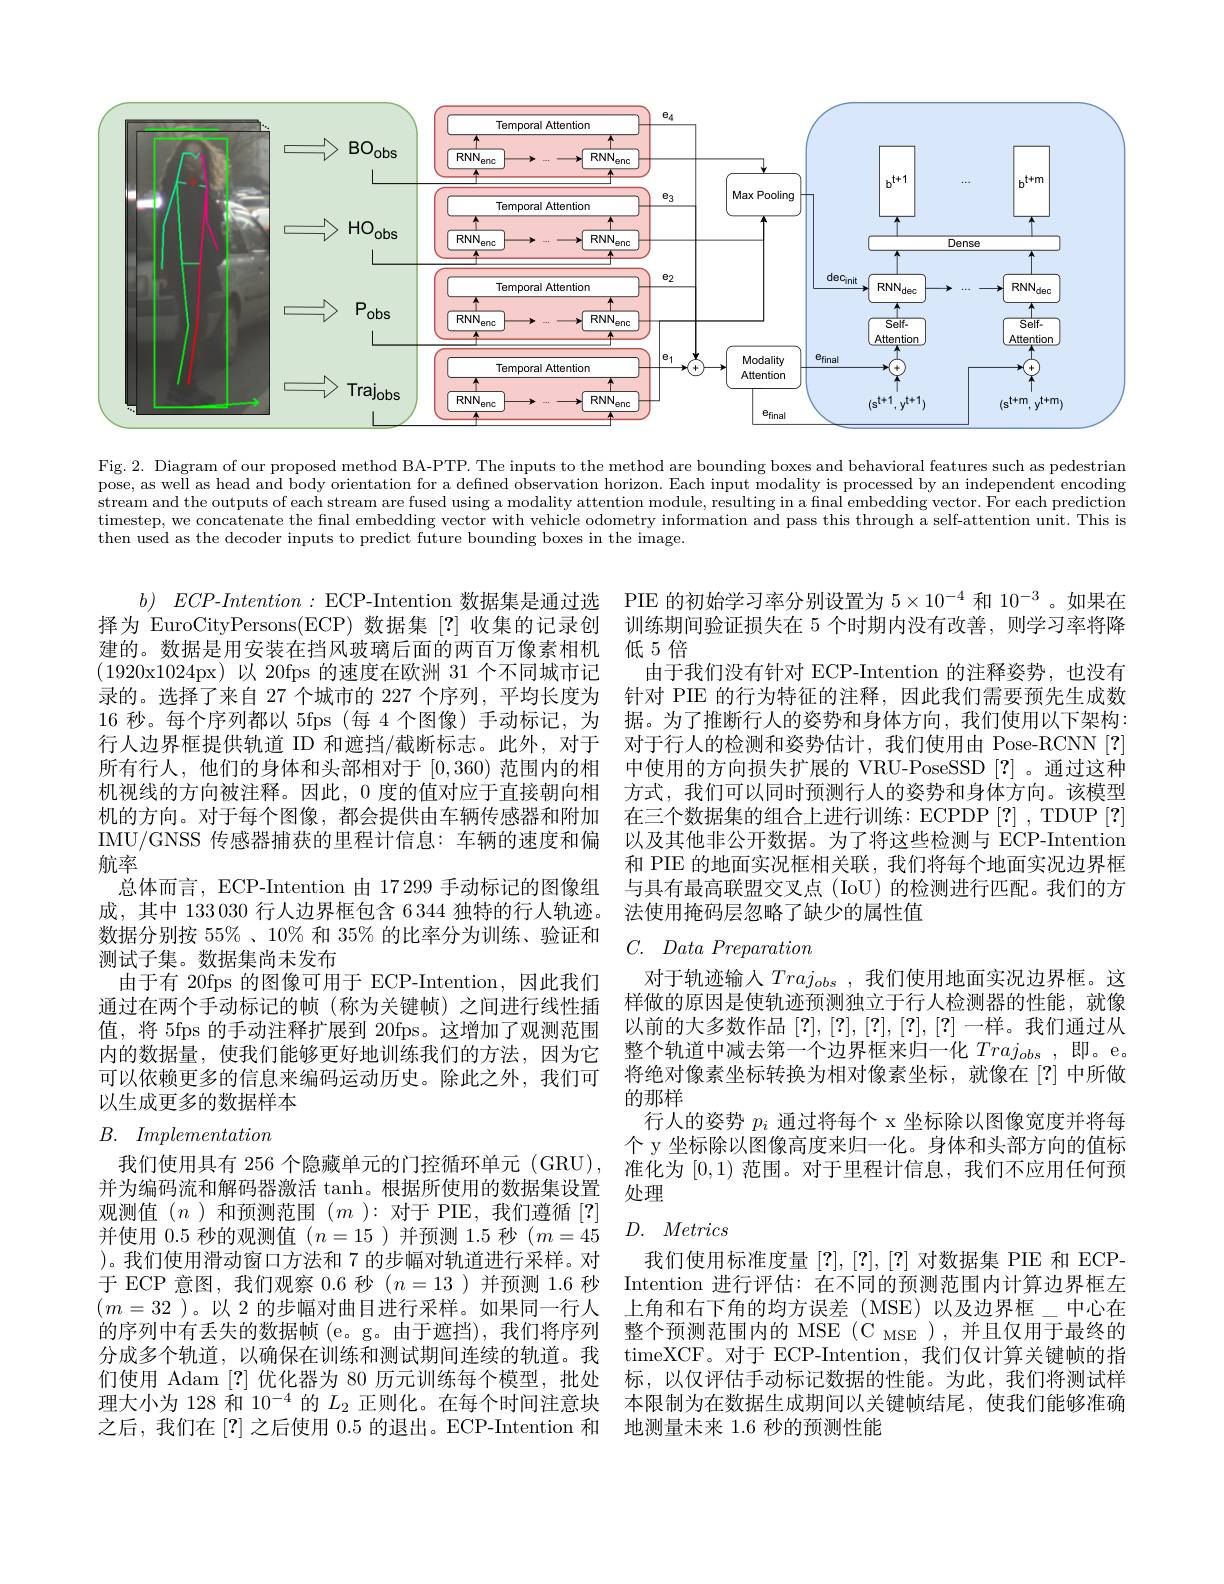
<FigureHere>

Fig. 2. Diagram of our proposed method BA-PTP. The inputs to the method are bounding boxes and behavioral features such as pedestrian pose, as well as head and body orientation for a defined observation horizon. Each input modality is processed by an independent encoding stream and the outputs of each stream are fused using a modality attention module, resulting in a final embedding vector. For each prediction timestep, we concatenate the final embedding vector with vehicle odometry information and pass this through a self-attention unit. This is then used as the decoder inputs to predict future bounding boxes in the image.

PIE 的初始学习率分别设置为$5\times10^{-4}$和$10^{-3}$ 。如果在训练期间验证损失在 5 个时期内没有改善，则学习率将降低5倍
由于我们没有针对 ECP-Intention 的注释姿势，也没有针对 PIE 的行为特征的注释，因此我们需要预先生成数据。为了推断行人的姿势和身体方向，我们使用以下架构： 对于行人的检测和姿势估计，我们使用由 Pose-RCNN [?] 中使用的方向损失扩展的 VRU-PoseSSD [?] 。通过这种方式，我们可以同时预测行人的姿势和身体方向。该模型在三个数据集的组合上进行训练：ECPDP [?], TDUP [?] 以及其他非公开数据。为了将这些检测与 ECP-Intention 和 PIE 的地面实况框相关联，我们将每个地面实况边界框与具有最高联盟交叉点 (IoU) 的检测进行匹配。我们的方法使用掩码层忽略了缺少的属性值

$b)$ $ECP$-$Intention:$ECP-Intention 数据集是通过选择为 EuroCityPersons(ECP)数据集[?]收集的记录创建的。数据是用安装在挡风玻璃后面的两百万像素相机(1920x1024px)以 20fps 的速度在欧洲 31 个不同城市记录的。选择了来自 27 个城市的 227 个序列，平均长度为16 秒。每个序列都以 5fps (每 4 个图像) 手动标记，为行人边界框提供轨道 ID 和遮挡/截断标志。此外，对于所有行人，他们的身体和头部相对于[0,360)范围内的相机视线的方向被注释。因此，0 度的值对应于直接朝向相机的方向。对于每个图像，都会提供由车辆传感器和附加IMU/GNSS 传感器捕获的里程计信息：车辆的速度和偏航率
总体而言，ECP-Intention 由 17 299 手动标记的图像组成，其中 133030 行人边界框包含 6 344 独特的行人轨迹。数据分别按 55%、10% 和 35% 的比率分为训练、验证和$C.$ Data Preparation
测试子集。数据集尚未发布
由于有 20fps 的图像可用于 ECP-Intention,因此我们通过在两个手动标记的帧(称为关键帧)之间进行线性插值，将 5fps 的手动注释扩展到 20fps。这增加了观测范围内的数据量，使我们能够更好地训练我们的方法，因为它可以依赖更多的信息来编码运动历史。除此之外，我们可以生成更多的数据样本
$B.$ Implementation

对于轨迹输入$Traj_{obs}$,我们使用地面实况边界框。这样做的原因是使轨迹预测独立于行人检测器的性能，就像以前的大多数作品[?],[?],[?],[?],[?]一样。我们通过从整个轨道中减去第一个边界框来归一化$Traj_obs$ ,即。e。将绝对像素坐标转换为相对像素坐标，就像在[?] 中所做的那样
行人的姿势$p_i$通过将每个 x 坐标除以图像宽度并将每个 y 坐标除以图像高度来归一化。身体和头部方向的值标准化为[0,1)范围。对于里程计信息，我们不应用任何预处理

# $D.$ Metrics

我们使用具有 256 个隐藏单元的门控循环单元 (GRU) , 并为编码流和解码器激活 tanh。根据所使用的数据集设置观测值$(n$ )和预测范围$(m$ ):对于 PIE,我们遵循[?] 并使用0.5秒的观测值$(n=15$ )并预测1.5秒$(m=45$ )。我们使用滑动窗口方法和 7 的步幅对轨道进行采样。对于 ECP 意图，我们观察 0.6 秒$(n=13)$并预测 1.6 秒$(m=32$ )。以 2 的步幅对曲目进行采样。如果同一行人的序列中有丢失的数据帧 (e。g。由于遮挡),我们将序列 整个预测范围内的 MSE (C MSE ),并且仅用于最终的
分成多个轨道，以确保在训练和测试期间连续的轨道。我们使用 Adam [?]优化器为 80 历元训练每个模型，批处理大小为 128 和 10$^{-4}$的$L_{2}$正则化。在每个时间注意块之后，我们在[?] 之后使用 0.5 的退出。ECP-Intention 和

我们使用标准度量[?],[?],[?]对数据集 PIE 和 ECPIntention 进行评估：在不同的预测范围内计算边界框左上角和右下角的均方误差(MSE)以及边界框\_中心在timeXCF。对于 ECP-Intention,我们仅计算关键帧的指标，以仅评估手动标记数据的性能。为此，我们将测试样本限制为在数据生成期间以关键帧结尾，使我们能够准确地测量未来 1.6 秒的预测性能